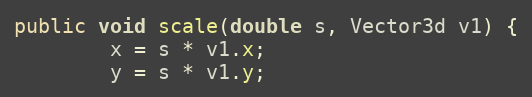
Language: Java
public void scale(double s, Vector3d v1) {
        x = s * v1.x;
        y = s * v1.y;